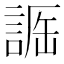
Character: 𧨵